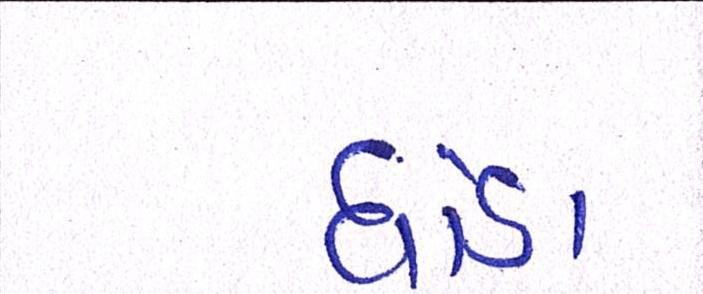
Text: ઘોડા